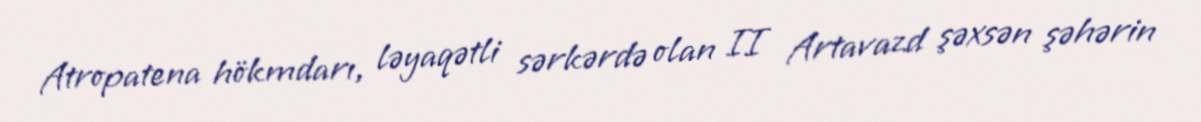
Atropatena hökmdarı, ləyaqətli sərkərdə olan II Artavazd şəxsən şəhərin